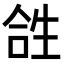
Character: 𤯤